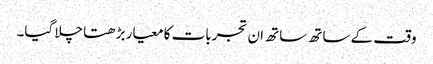
وقت کے ساتھ ساتھ ان تجربات کا معیار بڑھتا چلا گیا۔